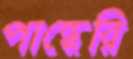
পান্ধেরি